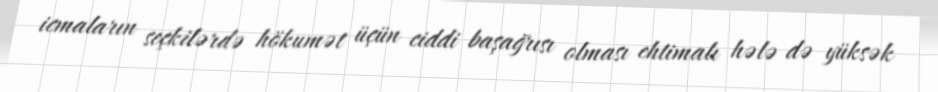
icmaların seçkilərdə hökumət üçün ciddi başağrısı olması ehtimalı hələ də yüksək